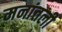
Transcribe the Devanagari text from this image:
मनांतली